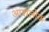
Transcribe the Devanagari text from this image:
आशलोक